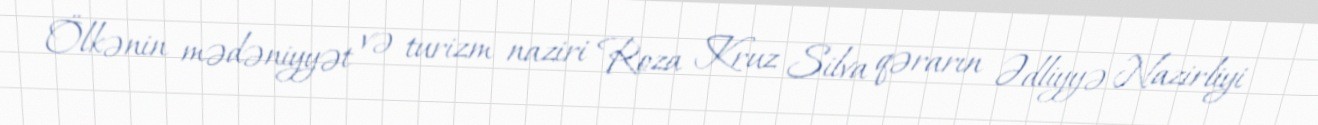
Ölkənin mədəniyyət və turizm naziri Roza Kruz Silva qərarın Ədliyyə Nazirliyi